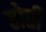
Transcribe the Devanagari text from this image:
होत्ती